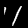
Digit: 1